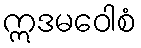
ဣဒမဝေါစံ